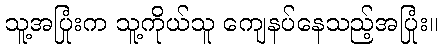
သူ့အပြုံးက သူ့ကိုယ်သူ ကျေနပ်နေသည့်အပြုံး။